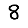
Digit: 8